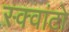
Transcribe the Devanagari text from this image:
स्क्वांटो